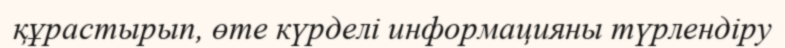
құрастырып, өте күрделі информацияны түрлендіру